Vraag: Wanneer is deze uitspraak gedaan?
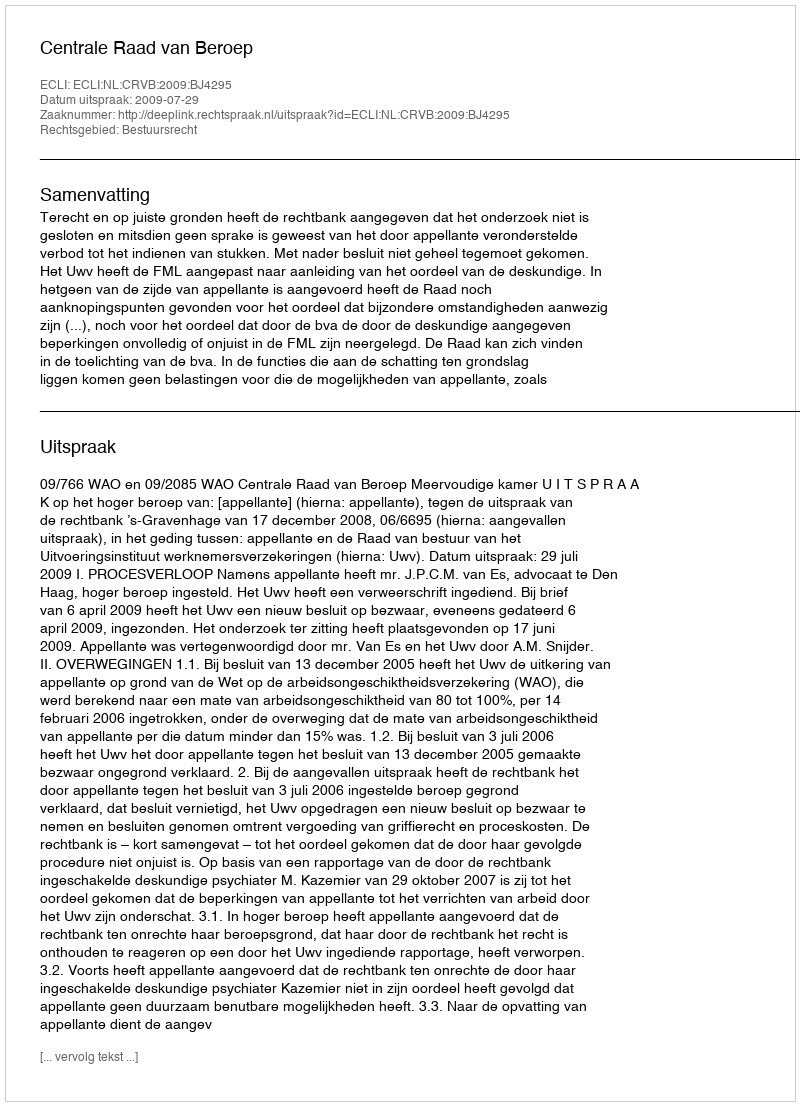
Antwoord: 2009-07-29